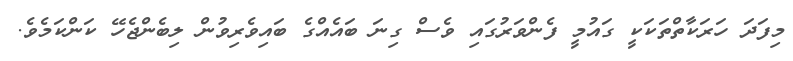
މިފަދަ ހަރަކާތްތަކަކީ ގައުމީ ފެންވަރުގައި ވެސް ގިނަ ބައެއްގެ ބައިވެރިވުން ލިބެންޖެހޭ ކަންކަމެވެ.